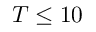
T \leq 1 0